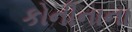
કોનીનાના